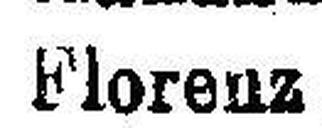
Florenz